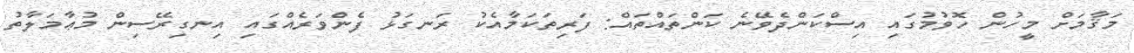
މަޤާމަށް މީހުން ހޮވުމުގައި އިސްކަންދެވޭނެ ކަންތައްތައް: ފަރިތަކަމާއެކު ރަނގަޅު ފެންވަރެއްގައި އިނގިރޭސިން މުޢާމަލާތު